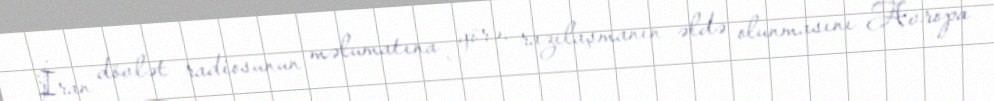
İran dövlət radiosunun məlumatına görə, razılaşmanın əldə olunmasını Avropa